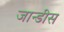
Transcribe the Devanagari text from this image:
जान्डीस